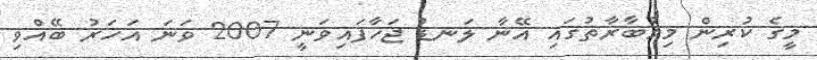
މީގެ ކުރިން މިމުބާރާތުގައި އޭނާ ލަނޑު ޖަހާފައިވަނީ 2007 ވަނަ އަހަރު ބޭއްވި